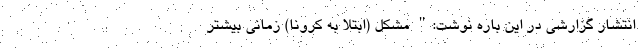
انتشار گزارشی در این باره نوشت:" مشکل (ابتلا به کرونا) زمانی بیشتر